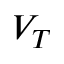
V _ { T }